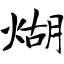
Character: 煳